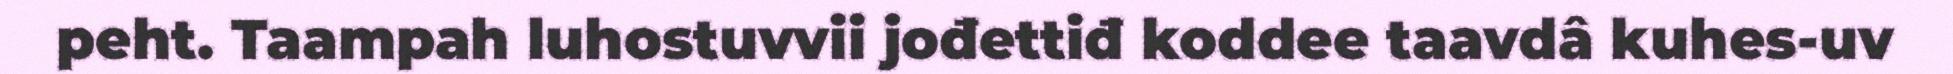
peht. Taampah luhostuvvii jođettiđ koddee taavdâ kuhes-uv